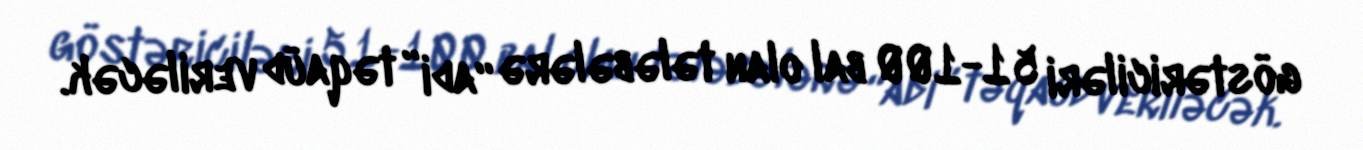
göstəriciləri 51-100 bal olan tələbələrə “adi” təqaüd veriləcək.